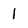
Character: l